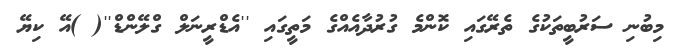
މިބުނި ސަރުބީތަކުގެ ތެރޭގައި ކޮންމެ ގުރުދާއެއްގެ މަތީގައި ''އެޑްރީނަލް ގްލޭންޑް''( )އޭ ކިޔޭ